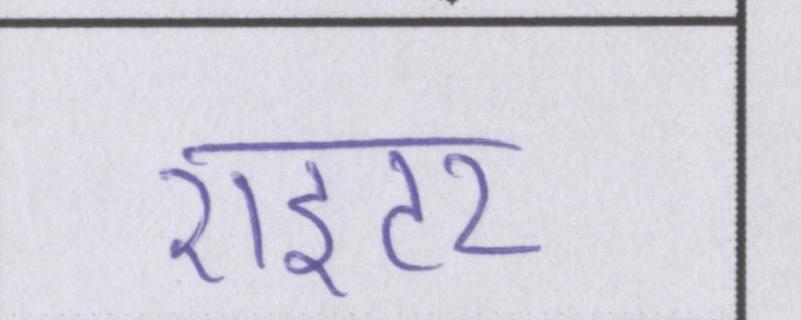
राइटर